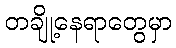
တချို့နေရာတွေမှာ